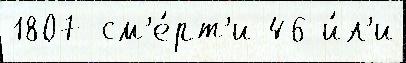
1807 см'е́рт'и 46 и́л'и